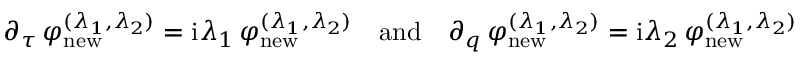
\begin{array} { r } { \partial _ { \tau } \, \varphi _ { \mathrm { n e w } } ^ { ( \lambda _ { 1 } , \lambda _ { 2 } ) } = \mathrm { i } \lambda _ { 1 } \, \varphi _ { \mathrm { n e w } } ^ { ( \lambda _ { 1 } , \lambda _ { 2 } ) } \quad \mathrm { a n d } \quad \partial _ { q } \, \varphi _ { \mathrm { n e w } } ^ { ( \lambda _ { 1 } , \lambda _ { 2 } ) } = \mathrm { i } \lambda _ { 2 } \, \varphi _ { \mathrm { n e w } } ^ { ( \lambda _ { 1 } , \lambda _ { 2 } ) } } \end{array}